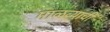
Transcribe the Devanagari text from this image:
माळव्याची